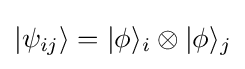
|\psi _{ij}\rangle =|\phi \rangle _{i}\otimes |\phi \rangle _{j}